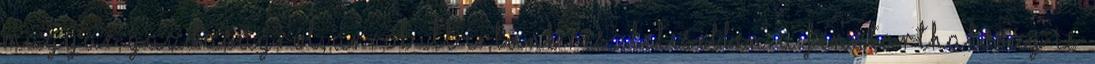
magyar gazdaságról, arról itt írtunk részletesebben. A fenntarthatóság is